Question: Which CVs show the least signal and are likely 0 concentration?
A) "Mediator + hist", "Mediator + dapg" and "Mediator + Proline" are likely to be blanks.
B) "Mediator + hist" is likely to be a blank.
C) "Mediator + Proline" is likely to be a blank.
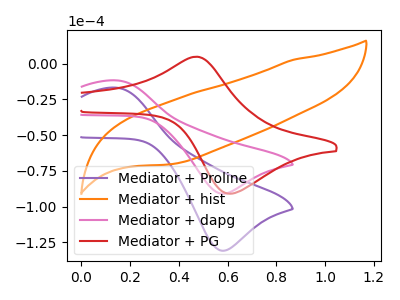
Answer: <think>The purple curve "Mediator + Proline" has an anodic peak at (0.15V, -16.85uA) and a cathodic peak at (0.60V, -130.95uA). The orange curve "Mediator + hist" has no peaks. The pink curve "Mediator + dapg" has an anodic peak at (0.15V, -11.75uA) and a cathodic peak at (0.60V, -91.05uA). The red curve "Mediator + PG" has an anodic peak at (0.45V, 4.80uA) and a cathodic peak at (0.60V, -91.00uA).</think>
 <answer>B) "Mediator + hist" is likely to be a blank.</answer>
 <eval>B</eval>